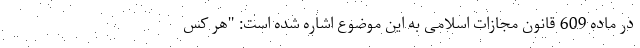
در ماده 609 قانون مجازات اسلامی به این موضوع اشاره شده است: "هر کس